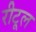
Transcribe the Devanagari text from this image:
रीटूल